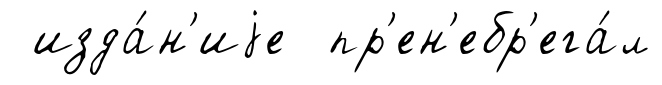
изда́н'иjе пр'ен'ебр'ега́л